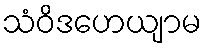
သံဝိဒဟေယျာမ